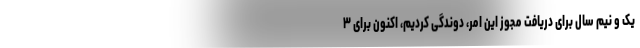
یک و نیم سال برای دریافت مجوز این امر، دوندگی کردیم، اکنون برای ۳